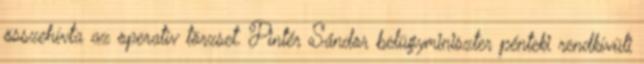
összehívta az operatív törzset. Pintér Sándor belügyminiszter pénteki rendkívüli